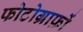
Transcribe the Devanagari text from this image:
फोटोग्राफ़ों